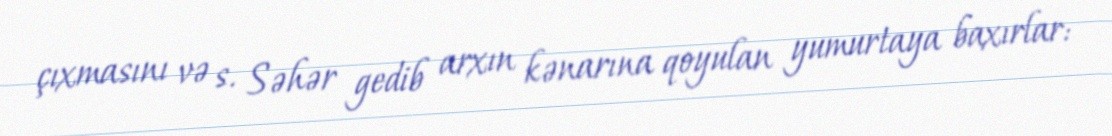
çıxmasını və s. Səhər gedib arxın kənarına qoyulan yumurtaya baxırlar: